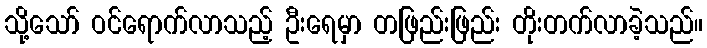
သို့သော် ဝင်ရောက်လာသည့် ဦးရေမှာ တဖြည်းဖြည်း တိုးတက်လာခဲ့သည်။